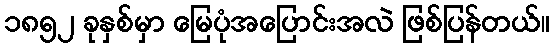
၁၈၅၂ ခုနှစ်မှာ မြေပုံအပြောင်းအလဲ ဖြစ်ပြန်တယ်။